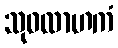
သုဝလာဟကံ